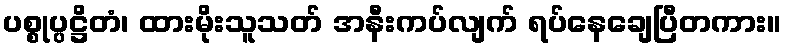
ပစ္စုပ္ပဋ္ဌိတံ၊ ထားမိုးသူသတ် အနီးကပ်လျက် ရပ်နေချေပြီတကား။